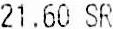
21.60 SR